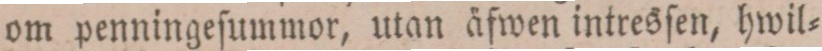
om penningeſummor, utan äfwen intresſen, hwil=